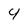
Character: 4